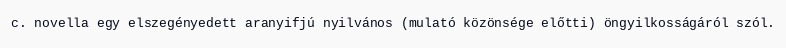
c. novella egy elszegényedett aranyifjú nyilvános (mulató közönsége előtti) öngyilkosságáról szól.